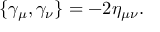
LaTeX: \{ \gamma _ { \mu } , \gamma _ { \nu } \} = - 2 \eta _ { \mu \nu } .